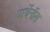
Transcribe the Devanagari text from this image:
पार्थेनॉस